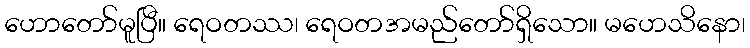
ဟောတော်မူပြီ။ ရေဝတဿ၊ ရေဝတအမည်တော်ရှိသော။ မဟေသိနော၊